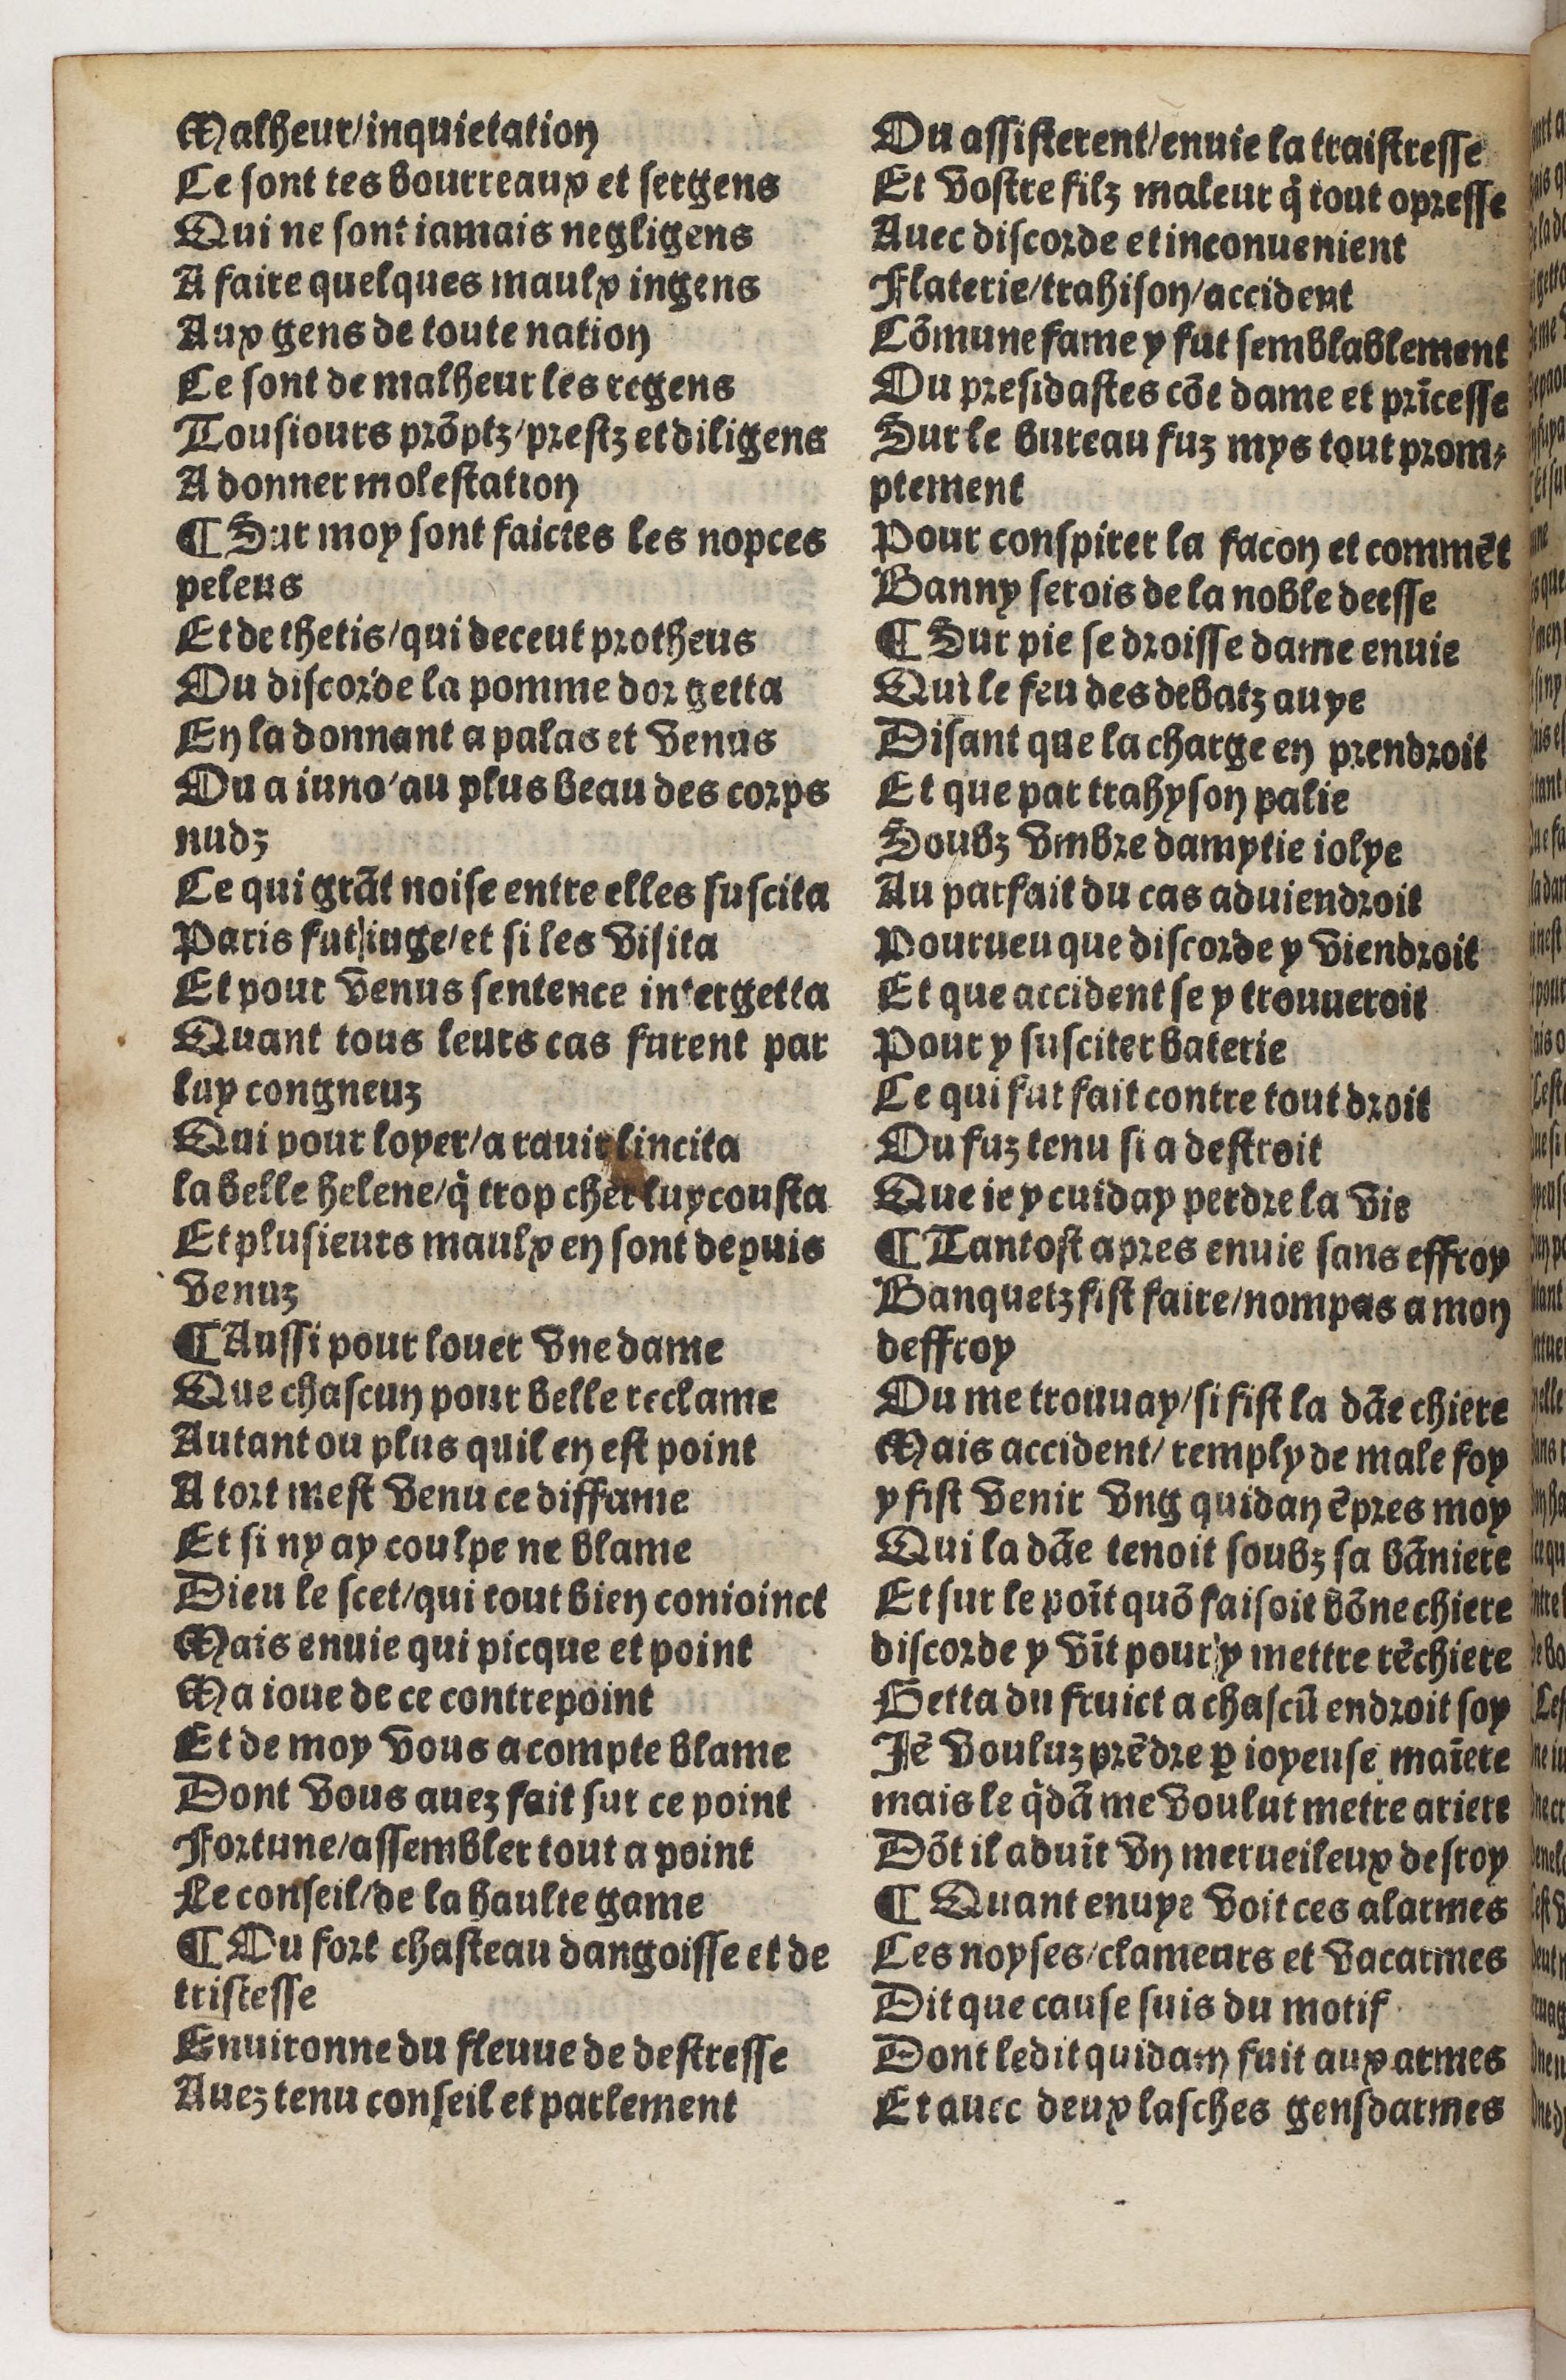
Shelfmark: Paris, BnF, Rés. Y2-930
Century: 15